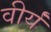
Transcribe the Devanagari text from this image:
वीर्यं